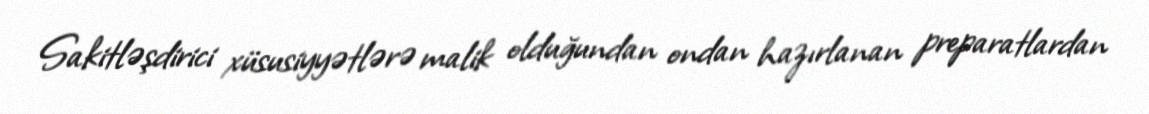
Sakitləşdirici xüsusiyyətlərə malik olduğundan ondan hazırlanan preparatlardan